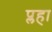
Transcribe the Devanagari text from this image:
प्लहा